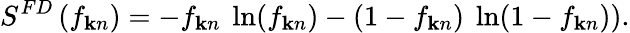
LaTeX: S^{FD}\left(f_{{\mathbf k}n}\right)=-f_{{\mathbf k}n}~\ln(f_{{\mathbf k}n})-(1-f_{{\mathbf k}n})~\ln(1-f_{{\mathbf k}n})).